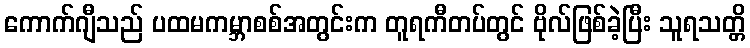
ကောက်ဂျီသည် ပထမကမ္ဘာစစ်အတွင်းက တူရကီတပ်တွင် ဗိုလ်ဖြစ်ခဲ့ပြီး သူရသတ္တိ